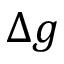
\Delta g